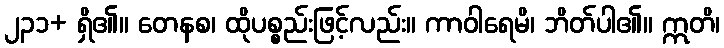
၂၃၁+ ရှိ၏။ တေနစ၊ ထိုပစ္စည်းဖြင့်လည်း။ ကာဝါရေမိ၊ ဘိတ်ပါ၏။ ဣတိ၊